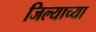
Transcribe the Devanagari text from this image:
जिल्याच्या